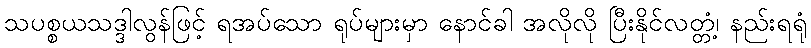
သပစ္စယသဒ္ဒါလွန်ဖြင့် ရအပ်သော ရုပ်များမှာ နောင်ခါ အလိုလို ပြီးနိုင်လတ္တံ့၊ နည်းရရုံ